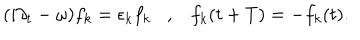
( i \partial _ { t } - \omega ) f _ { k } = \epsilon _ { k } f _ { k } , f _ { k } ( t + T ) = - f _ { k } ( t ) .